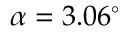
\alpha = 3 . 0 6 ^ { \circ }